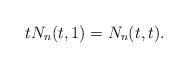
LaTeX: \begin{align*} tN_n(t,1)=N_n(t,t).\end{align*}